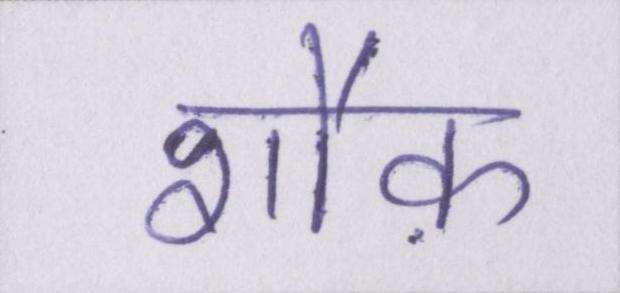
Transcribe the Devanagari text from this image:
शौक़